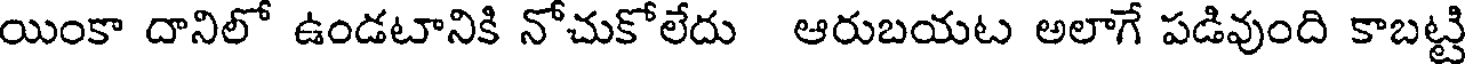
యింకా దానిలో ఉండటానికి నోచుకోలేదు ఆరుబయట అలాగే పడివుంది కాబట్టి